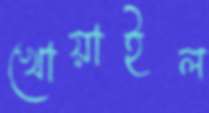
খোয়াইল